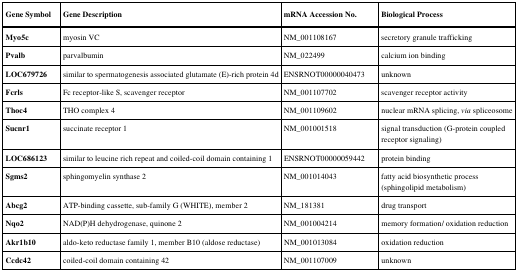
| Gene Symbol | Gene Description | mRNA Accession No. | Biological Process |
 | --- | --- | --- | --- |
 | Myo5c | myosin VC | NM_001108167 | secretory granule trafficking |
 | Pvalb | parvalbumin | NM_022499 | calcium ion binding |
 | LOC679726 | similar to spermatogenesis associated glutamate (E)-rich protein 4d | ENSRNOT00000040473 | unknown |
 | Fcrls | Fc receptor-like S, scavenger receptor | NM_001107702 | scavenger receptor activity |
 | Thoc4 | THO complex 4 | NM_001109602 | nuclear mRNA splicing, via spliceosome |
 | Sucnr1 | succinate receptor 1 | NM_001001518 | signal transduction (G-protein coupled receptor signaling) |
 | LOC686123 | similar to leucine rich repeat and coiled-coil domain containing 1 | ENSRNOT00000059442 | protein binding |
 | Sgms2 | sphingomyelin synthase 2 | NM_001014043 | fatty acid biosynthetic process (sphingolipid metabolism) |
 | Abcg2 | ATP-binding cassette, sub-family G (WHITE), member 2 | NM_181381 | drug transport |
 | Nqo2 | NAD(P)H dehydrogenase, quinone 2 | NM_001004214 | memory formation/ oxidation reduction |
 | Akr1b10 | aldo-keto reductase family 1, member B10 (aldose reductase) | NM_001013084 | oxidation reduction |
 | Ccdc42 | coiled-coil domain containing 42 | NM_001107009 | unknown |